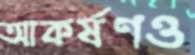
আকর্ষণও